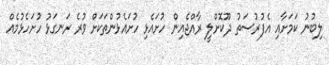
ލިބުނު ކަމަށާއި އެފުރުސަތު ދޫކޮށްލީ ރާއްޖެއިން ހުށައެޅި ހުށައެޅުންތަކަށް ވުރެ ރަނގަޅު ހުށަހެޅުމެއް